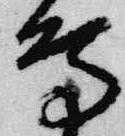
鳥